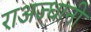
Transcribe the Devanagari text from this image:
राअज्धानी